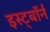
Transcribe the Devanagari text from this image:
इस्ट्बॉर्न